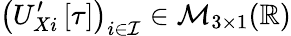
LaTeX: \left(U_{Xi}^{\prime}\left[\tau\right]\right)_{i\in\mathcal{I}}\in\mathcal{M}_{3\times 1}(\mathbb{R})